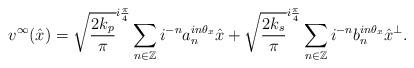
LaTeX: \begin{align*}v^{\infty}(\hat{x}) = \sqrt{\frac{2k_p}{\pi}}^{i\frac{\pi}{4}} \sum_{n \in \mathbb{Z}} i^{-n} a_n ^{in\theta_x} \hat{x} + \sqrt{\frac{2k_s}{\pi}}^{i\frac{\pi}{4}} \sum_{n \in \mathbb{Z}} i^{-n} b_n ^{in\theta_x} \hat{x}^{\bot}.\end{align*}